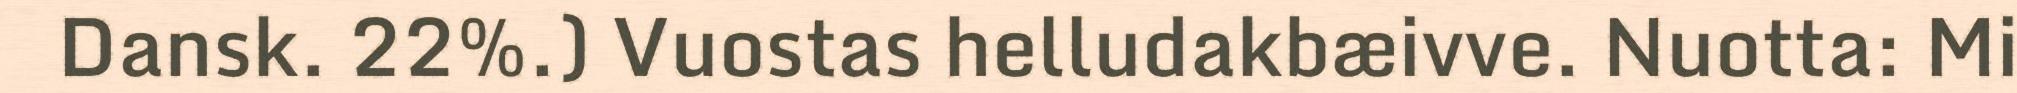
Dansk. 22%.) Vuostas helludakbæivve. Nuotta: Mi